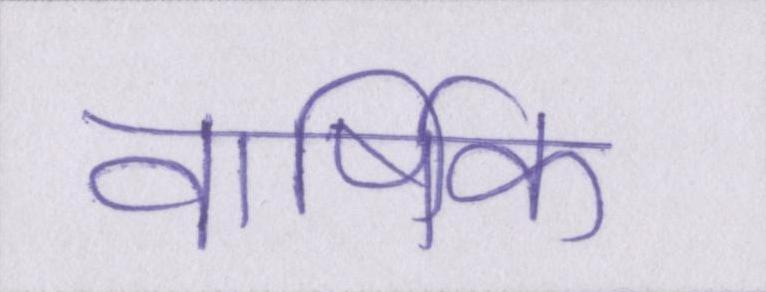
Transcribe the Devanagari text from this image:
वार्षिक